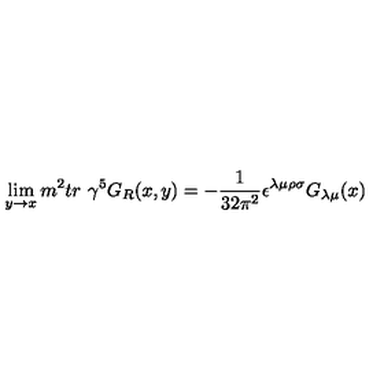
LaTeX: \lim _ { y \rightarrow x } m ^ { 2 } t r \ \gamma ^ { 5 } G _ { R } ( x , y ) = - \frac { 1 } { 3 2 \pi ^ { 2 } } \epsilon ^ { \lambda \mu \rho \sigma } G _ { \lambda \mu } ( x )